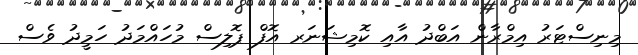
މިނިސްޓަރު އިމްރާން އަބްދު އާއި ކޮމިޝަނަރ އޮފް ޕޮލިސް މުހައްމަދު ހަމީދު ވެސް